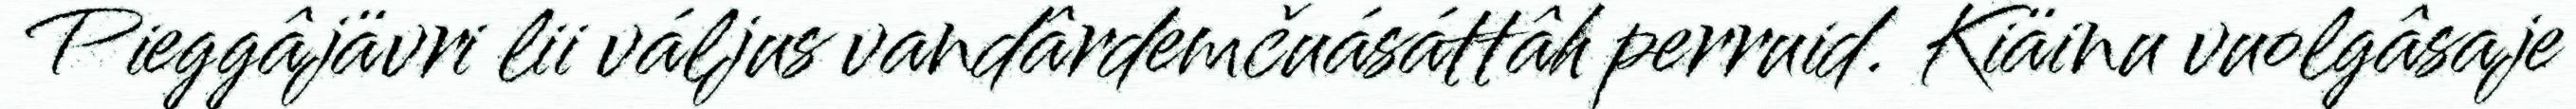
Pieggâjävri lii váljus vandârdemčuásáttâh perruid. Kiäinu vuolgâsaje